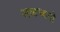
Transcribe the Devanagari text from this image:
शब्दध्वनी